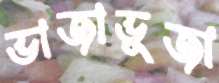
ভাজাভুজা